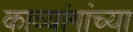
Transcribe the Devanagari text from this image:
काव्यांगांच्या